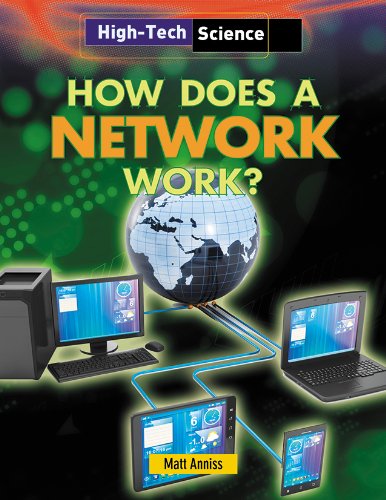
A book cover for How Does a Network Work? (High-Tech Science); Matt Anniss; Children's Books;